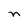
Character: n